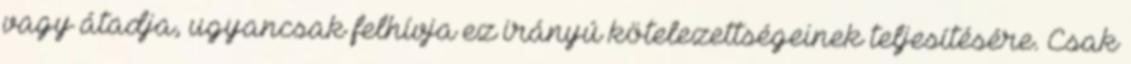
vagy átadja, ugyancsak felhívja ez irányú kötelezettségeinek teljesítésére. Csak